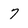
Character: 7